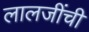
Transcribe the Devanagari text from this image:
लालजींची